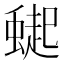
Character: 𮔸